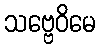
သဗ္ဗေဝိမေ